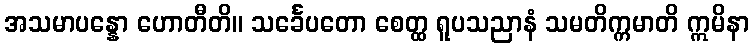
အသမာပန္နော ဟောတီတိ။ သင်္ခေပတော စေတ္ထ ရူပသညာနံ သမတိက္ကမာတိ ဣမိနာ